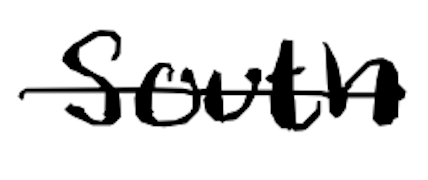
Text: South
Cross-out: single-line
Writing tool: digital_black